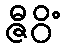
ဇီဝိံ